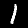
Label: 1